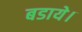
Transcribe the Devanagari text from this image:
बडाये।